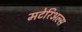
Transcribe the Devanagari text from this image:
मटेरिअल्स